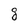
Character: g